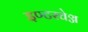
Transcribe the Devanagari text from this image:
इण्टरचेञ्ज